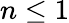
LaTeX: n\leq 1